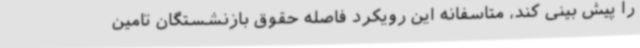
را پیش بینی کند، متاسفانه این رویکرد فاصله حقوق بازنشستگان تامین‌